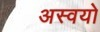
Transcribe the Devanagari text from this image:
अस्वयो